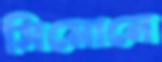
সিমোনে